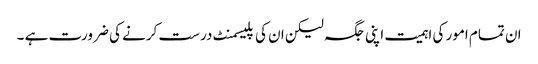
ان تمام امور کی اہمیت اپنی جگہ لیکن ان کی پلیسمنٹ درست کرنے کی ضرورت ہے ۔